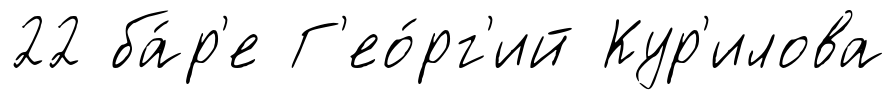
22 ба́р'е Г'ео́рг'ий Кур'илова